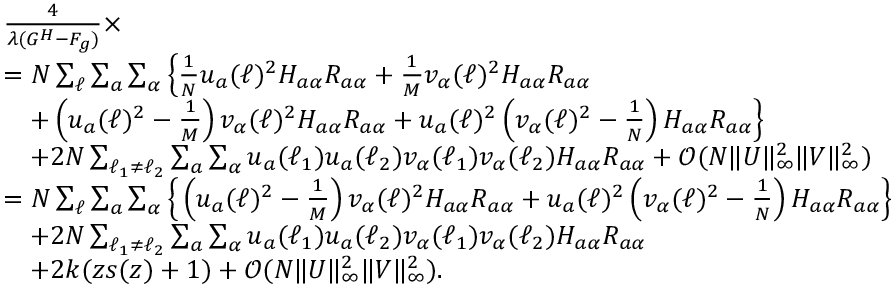
\begin{array} { r l } & { \frac { 4 } { \lambda ( G ^ { H } - F _ { g } ) } \times } \\ & { = N \sum _ { \ell } \sum _ { a } \sum _ { \alpha } \Big \{ \frac 1 { N } u _ { a } ( \ell ) ^ { 2 } H _ { a \alpha } R _ { a \alpha } + \frac 1 { M } v _ { \alpha } ( \ell ) ^ { 2 } H _ { a \alpha } R _ { a \alpha } } \\ & { ~ ~ ~ + \left( u _ { a } ( \ell ) ^ { 2 } - \frac 1 { M } \right) v _ { \alpha } ( \ell ) ^ { 2 } H _ { a \alpha } R _ { a \alpha } + u _ { a } ( \ell ) ^ { 2 } \left( v _ { \alpha } ( \ell ) ^ { 2 } - \frac 1 { N } \right) H _ { a \alpha } R _ { a \alpha } \Big \} } \\ & { ~ ~ ~ + 2 N \sum _ { \ell _ { 1 } \neq \ell _ { 2 } } \sum _ { a } \sum _ { \alpha } u _ { a } ( \ell _ { 1 } ) u _ { a } ( \ell _ { 2 } ) v _ { \alpha } ( \ell _ { 1 } ) v _ { \alpha } ( \ell _ { 2 } ) H _ { a \alpha } R _ { a \alpha } + { \mathcal O } ( N \| { \boldsymbol U } \| _ { \infty } ^ { 2 } \| { \boldsymbol V } \| _ { \infty } ^ { 2 } ) } \\ & { = N \sum _ { \ell } \sum _ { a } \sum _ { \alpha } \Big \{ \left( u _ { a } ( \ell ) ^ { 2 } - \frac 1 { M } \right) v _ { \alpha } ( \ell ) ^ { 2 } H _ { a \alpha } R _ { a \alpha } + u _ { a } ( \ell ) ^ { 2 } \left( v _ { \alpha } ( \ell ) ^ { 2 } - \frac 1 { N } \right) H _ { a \alpha } R _ { a \alpha } \Big \} } \\ & { ~ ~ ~ + 2 N \sum _ { \ell _ { 1 } \neq \ell _ { 2 } } \sum _ { a } \sum _ { \alpha } u _ { a } ( \ell _ { 1 } ) u _ { a } ( \ell _ { 2 } ) v _ { \alpha } ( \ell _ { 1 } ) v _ { \alpha } ( \ell _ { 2 } ) H _ { a \alpha } R _ { a \alpha } } \\ & { ~ ~ ~ + 2 k ( z s ( z ) + 1 ) + { \mathcal O } ( N \| { \boldsymbol U } \| _ { \infty } ^ { 2 } \| { \boldsymbol V } \| _ { \infty } ^ { 2 } ) . } \end{array}